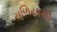
સળિયાથી